Vaccination in Bombay 1924-1928 - 1924-1928
Year: 1924
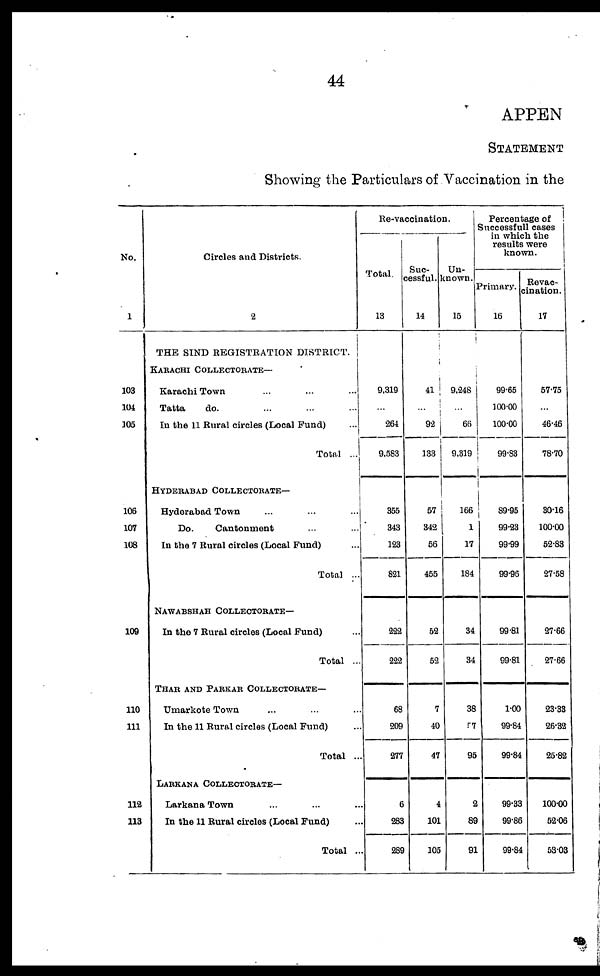
44
APPEN
STATEMENT
Showing the Particulars of Vaccination in the
No.
1
103
104
105
106
107
108
109
110
111
112
113
Circles and Districts.
2
THE SIND REGISTRATION DISTRICT.
KARACHI COLLECTORATE—
Karachi Town ...
Tatta
do. ...
In the 11 Rural circles (Local Fund) ...
Total ...
HYDERABAD COLLECTORATE—
Hyderabad Town ... ... ...
Do.
Cantonment ... ...
In the 7 Rural circles (Local Fund) ...
Total ...
NAWABSHAH COLLECTORATE—
In the 7 Rural circles (Local Fund) ...
Total ..
THAR AND PARKAR COLLECTORATE—
Umarkote Town ... ... ...
In the 11 Rural circles (Local Fund) ...
Total ..
LARKANA COLLECTORATE—
Larkana Town ...
In the 11 Rural circles (Local Fund) ...
Total ...
Re-vaccination.
Total.
13
9,319
...
264
9,583
355
343
123
821
222
222
68
209
277
6
283
289
Suc¬
sessful.
14
41
...
92
133
57
342
56
455
52
52
7
40
47
4
101
105
Un-
known.
15
9,248
...
66
9,319
166
1
17
184
34
34
38
57
95
2
89
91
Percentage of
Successfull cases
in which the
results were
known.
Primary.
16
99.65
100.00
100.00
99.83
89.95
99.23
99.99
99.96
99.81
99.81
1.00
99.84
99.84
99.33
99.86
99.84
Revac¬
cination.
17
57.75
...
46.46
78.70
30.16
100.00
52.83
27.58
27.66
27.66
23.33
26.32
25.82
100.00
52.06
53.03